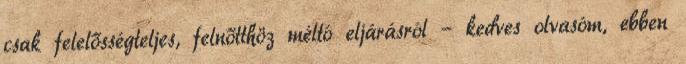
csak felelősségteljes, felnőtthöz méltó eljárásról – kedves olvasóm, ebben